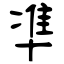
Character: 凖